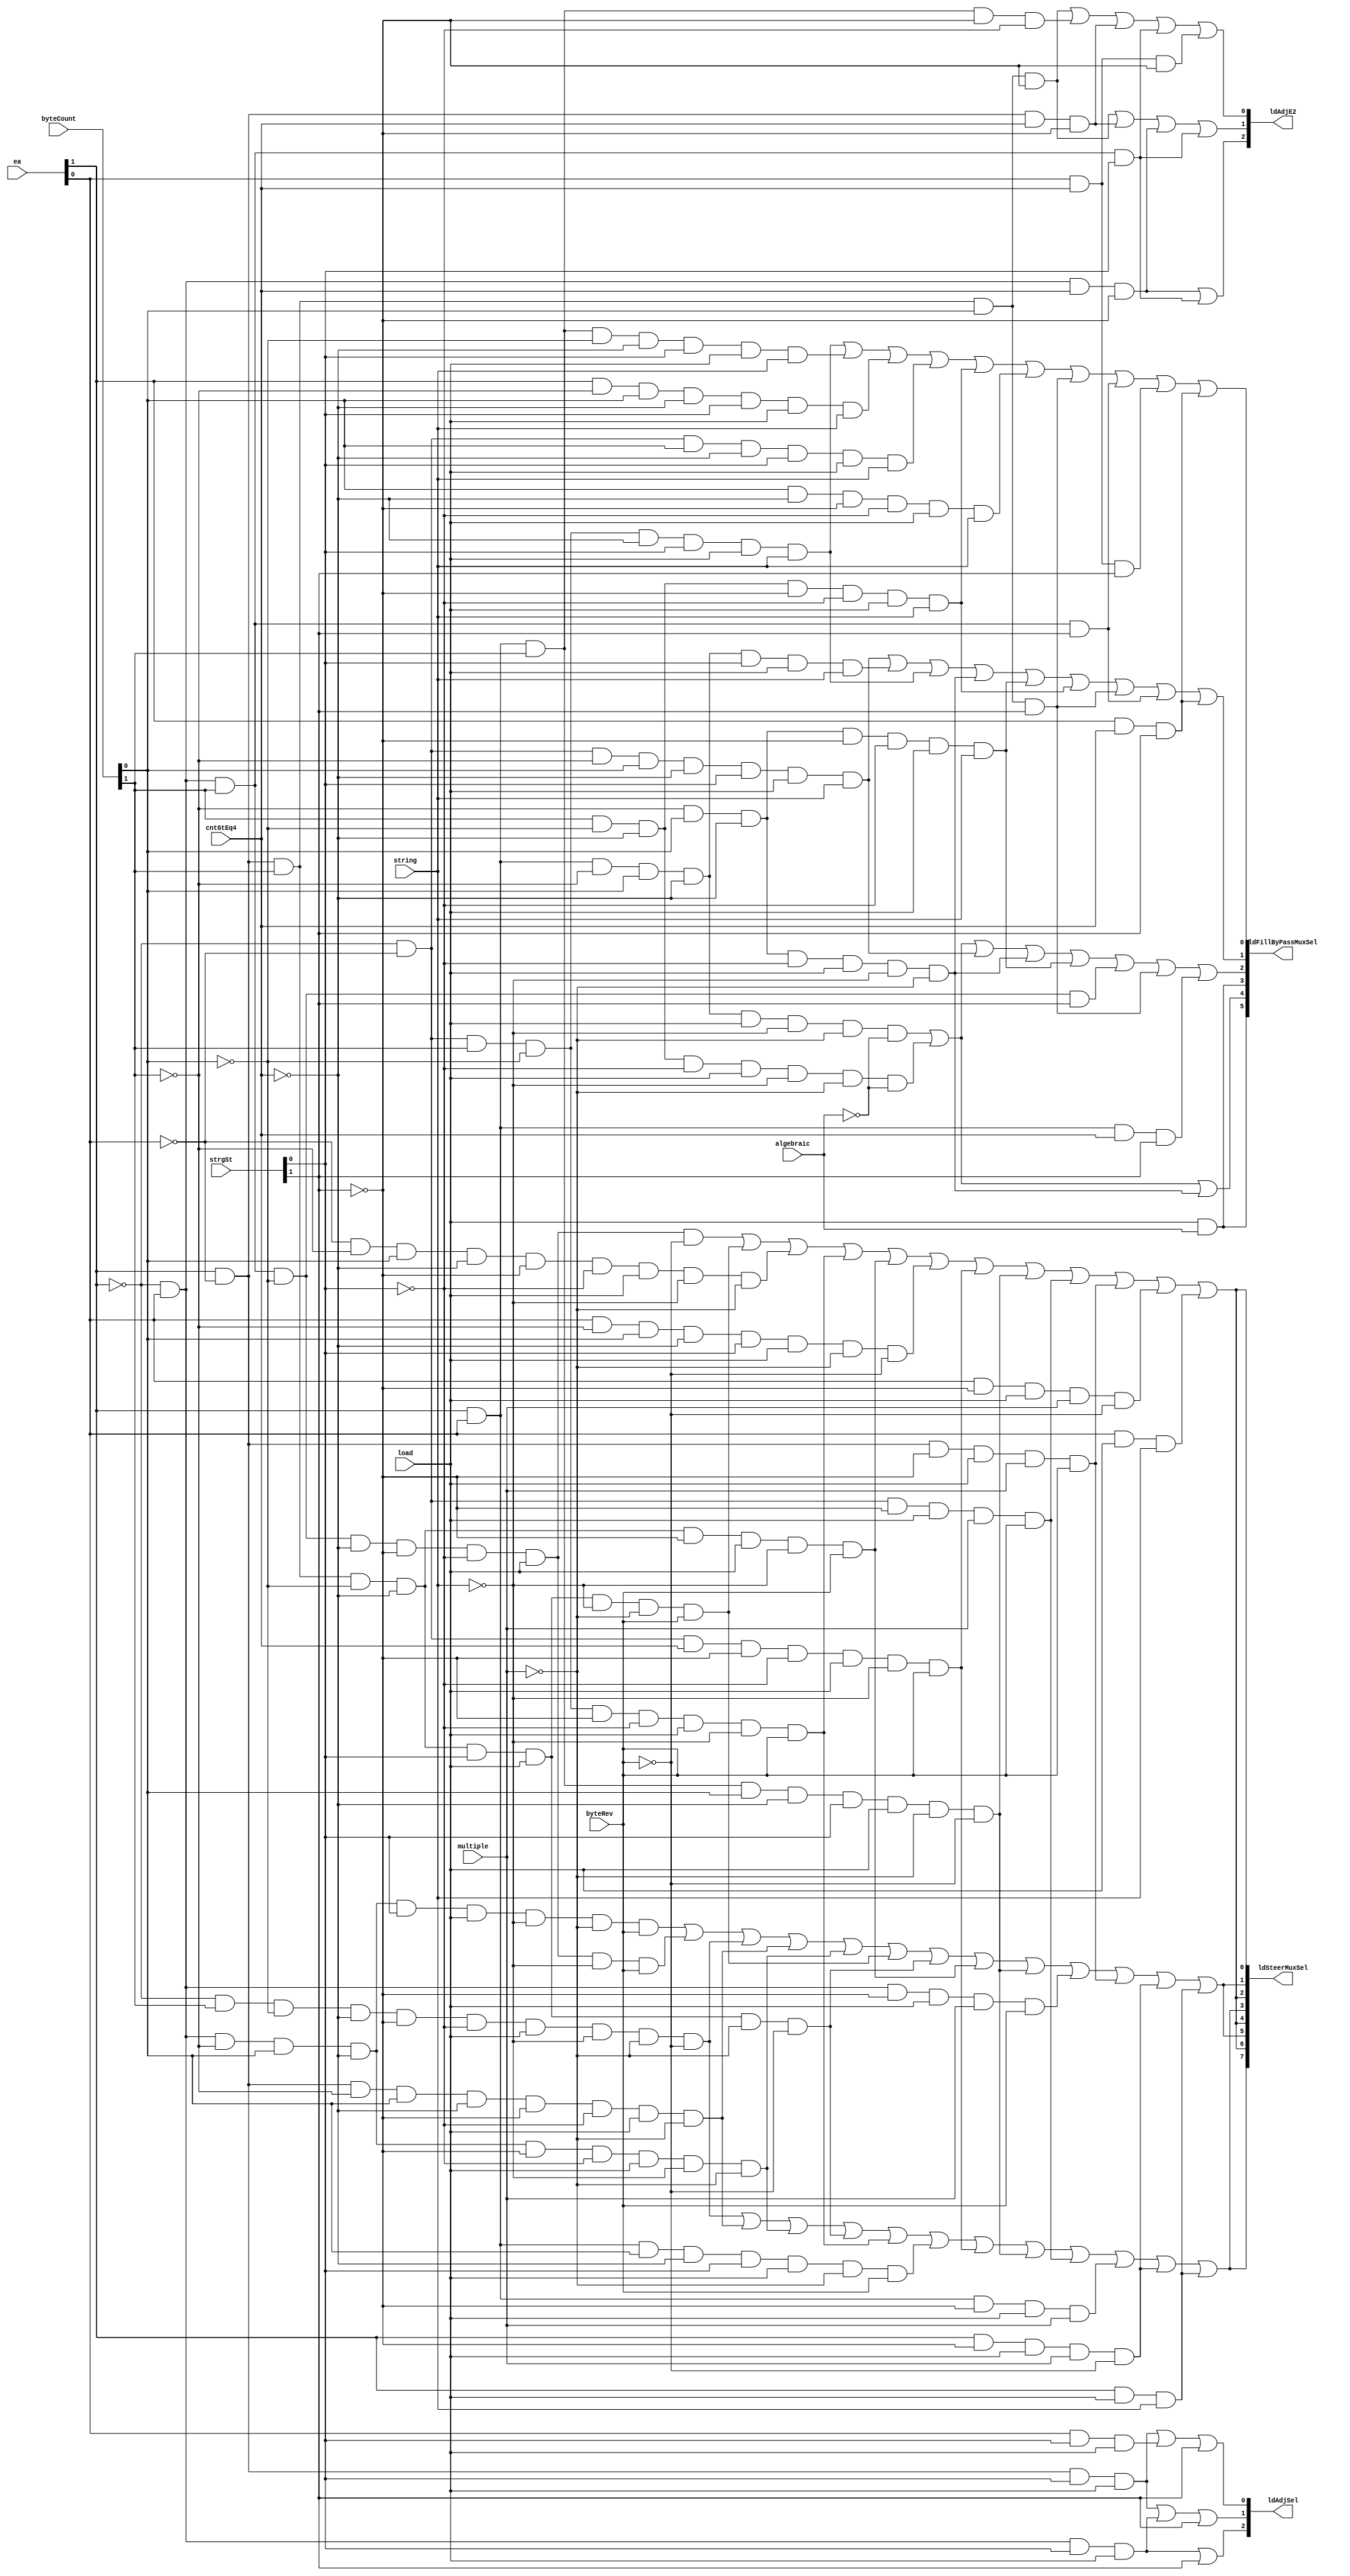
// 
// ************************************************************************** 
// 
//  Copyright (c) International Business Machines Corporation, 2005. 
// 
//  This file contains trade secrets and other proprietary and confidential 
//  information of International Business Machines Corporation which are 
//  protected by copyright and other intellectual property rights and shall 
//  not be reproduced, transferred to other documents, disclosed to others, 
//  or used for any purpose except as specifically authorized in writing by 
//  International Business Machines Corporation. This notice must be 
//  contained as part of this text at all times. 
// 
// ************************************************************************** 
//
//  from espresso format file on Wed Nov 25 15:23:15 EST 1998
// modulename is ldSteerPla
// input file is ldSteerPla.pers
// output file is ldSteerPla.v
// espresso will be called.
// ######################
// #                    #
// #  Load Steer Cntl   #
// #                    #
// ######################
// # the types are:
// #.f    ones=1 , zero= comp ones, dcs = null
// #        this is like a regular PLA
// #.fd   dcs = -, ones = 1 without -, zero = comp(dcs union ones)
// #        all unlisted input combinations produce a 0 output
// #        note that if an output is covered by both a - and 1, it is -
// #.fr   ones = 1, zero=0, dcs= comp(ones union zero)
// #        all unlisted input combinations are don't cares
// #        note that if an output is covered by both a 0 and 1, it is error
// #.fdr  ones = 1, zero=0, dcs=-
// #        all unlisted input combinations are ?
// #        does not say what happens if overlapping covers
// #
// # ~ in an output position means don't consider this line in generating this output.
// # synopsys does:
// #     read pla
// #     set current design
// # normally include:
//
// ##
// #
// .outputnames ldAdjSel[1:3] ldSteerMuxSel[0:7] ldFillByPassMuxSel[0:5]
// .outputnames ldAdjE2[1:3]
// .inputnames  ea[0:1] byteCount[6:7] cntGtEq4 strgSt[1:2] load
// .inputnames  string multiple byteRev algebraic
// .type fd
// .i 12
// .o 20
// #
// #History:
// # 01/15/98 SBP Copied from 401.
// # 11/23/98 SBP Design review changes.
// #
// #Notes:
// #
// #
// #
// #
// #
// #

// # INPUTS ********************* OUTPUTS***********************
// # All I/P are WB L2's
// #
// #                           A
// #                     M     l
// #                     u  B  g
// #       C          S  l  y  e
// #       n          t  t  t  b                   ld
// #       t       L  r  i  e  r    ld   ld        fill    ld
// #   BT  >  strg o  i  p  R  a    Adj  Steer     Bypass  Adj
// #EA CT  =  st   a  n  l  e  i    Sel  Mux       Mux     E2
// #01 67  4  12   d  g  e  v  c    012  01234567  012345  123
// #-- --  -  --   -  -  -  -  -  * ---  --------  ------  ---
// --  --  -  00   1  -  -  -  -    000  ~~~~~~~~  ~~~~~~  ~~~    # All ld's wbC0
// 00  --  -  --   1  -  -  -  -    000  ~~~~~~~~  ~~~~~~  ~~~    # algnd ld's wbC0,C1
// 01  --  -  -1   1  -  -  -  -    111  ~~~~~~~~  ~~~~~~  ~~~    # ld's wbC1
// 10  --  -  -1   1  -  -  -  -    011  ~~~~~~~~  ~~~~~~  ~~~    # ld's wbC1
// 11  --  -  -1   1  -  -  -  -    001  ~~~~~~~~  ~~~~~~  ~~~    # ld's wbC1
// --  --  -  1-   -  -  -  -  -    111  ~~~~~~~~  ~~~~~~  ~~~    # ld's wbLS
// #****************************************************************
// #  Loads Steer Mux
// 00  01  0  00   1  0  0  -  -    ~~~  01010101  ~~~~~~  ~~~    # All ld bytes
// 01  01  0  00   1  0  0  -  -    ~~~  10101010  ~~~~~~  ~~~    #
// 10  01  0  00   1  0  0  -  -    ~~~  11111111  ~~~~~~  ~~~    #
// 11  01  0  00   1  0  0  -  -    ~~~  00000000  ~~~~~~  ~~~    #
// #  EA=00
// 00  10  0  00   1  0  0  0  -    ~~~  10101010  ~~~~~~  ~~~    # ld hw and zero
// 00  10  0  00   1  0  0  1  -    ~~~  11011101  ~~~~~~  ~~~    # True LE ^ byteRev
// #  EA=01
// 01  10  0  00   1  0  0  0  -    ~~~  11111111  ~~~~~~  ~~~    # ld hw and zero
// 01  10  0  00   1  0  0  1  -    ~~~  00100010  ~~~~~~  ~~~    # True LE ^ byteRev
// #  EA=10
// 10  10  0  00   1  0  0  0  -    ~~~  00000000  ~~~~~~  ~~~    # ld hw and zero
// 10  10  0  00   1  0  0  1  -    ~~~  01110111  ~~~~~~  ~~~    # True LE ^ byteRev
// #  EA=11
// 11  01  0  -1   1  0  0  0  -    ~~~  01010101  ~~~~~~  ~~~    # ld hw and zero
// 11  01  0  -1   1  0  0  1  -    ~~~  10001000  ~~~~~~  ~~~    # True LE ^ byteRev
// #  EA=00
// 00  --  1  00   1  0  0  0  -    ~~~  00000000  ~~~~~~  ~~~    # ld wd and zero
// 00  --  1  00   1  0  0  1  -    ~~~  11011101  ~~~~~~  ~~~    # True LE ^ byteRev
// #  EA=01
// 01  01  0  -1   1  0  0  0  -    ~~~  01010101  ~~~~~~  ~~~    # ld wd and zero
// 01  01  0  -1   1  0  0  1  -    ~~~  00100010  ~~~~~~  ~~~    # True LE ^ byteRev
// #  EA=10
// 10  10  0  -1   1  0  0  0  -    ~~~  10101010  ~~~~~~  ~~~    # ld wd and zero
// 10  10  0  -1   1  0  0  1  -    ~~~  01110111  ~~~~~~  ~~~    # True LE ^ byteRev
// #  EA=11
// 11  11  0  -1   1  0  0  0  -    ~~~  11111111  ~~~~~~  ~~~    # ld wd and zero
// 11  11  0  -1   1  0  0  1  -    ~~~  10001000  ~~~~~~  ~~~    # True LE ^ byteRev
//
// #  lmw Steer Mux
// #  EA=00
// 00  --  -  0-   1  -  1  0  -    ~~~  00000000  ~~~~~~  ~~~    # C0,C1
// 00  --  -  0-   1  -  1  1  -    ~~~  11011101  ~~~~~~  ~~~    # True LE ^ byteRev
// #  EA=01
// 01  --  -  0-   1  -  1  0  -    ~~~  01010101  ~~~~~~  ~~~    # C1 count >= 4
// 01  --  -  0-   1  -  1  1  -    ~~~  00100010  ~~~~~~  ~~~    # True LE ^ byteRev
// #  EA=10
// 10  --  -  0-   1  -  1  0  -    ~~~  10101010  ~~~~~~  ~~~    # C1 count >= 4
// 10  --  -  0-   1  -  1  1  -    ~~~  01110111  ~~~~~~  ~~~    # True LE ^ byteRev
// #  EA=11
// 11  --  -  0-   1  -  1  0  -    ~~~  11111111  ~~~~~~  ~~~    # C1 count >= 4
// 11  --  -  0-   1  -  1  1  -    ~~~  10001000  ~~~~~~  ~~~    # True LE ^ byteRev
//
// #  lswi,lswx Steer Mux
// #  EA=00
// 00  --  -  --   1  1  -  -  -    ~~~  00000000  ~~~~~~  ~~~    # C0,C1
// #  EA=01
// 01  --  -  --   1  1  -  -  -    ~~~  01010101  ~~~~~~  ~~~    # C0,C1,LS
// #  EA=10
// 10  --  -  --   1  1  -  -  -    ~~~  10101010  ~~~~~~  ~~~    # C0,C1,LS
// #  EA=11
// 11  --  -  --   1  1  -  -  -    ~~~  11111111  ~~~~~~  ~~~    # C0,C1,LS
//
// #

// # INPUTS ********************* OUTPUTS***********************
// #
// #
// #                           A
// #                     M     l
// #                     u  B  g
// #       C          S  l  y  e
// #       n          t  t  t  b                   ld
// #       t       L  r  i  e  r    ld   ld        fill    ld
// #   BT  >  strg o  i  p  R  a    Adj  Steer     Bypass  Adj
// #EA CT  =  st   a  n  l  e  i    Sel  Mux       Mux     E2
// #01 67  4  12   d  g  e  v  c    123  01234567  012345  123
// #-- --  -  --   -  -  -  -  -  * ---  --------  ------  ---
// --  --  -  --   1  -  1  -  -    ~~~  ~~~~~~~~  00000~  ~~~    # All lmw's
// --  --  -  --   1  0  -  -  -    ~~~  ~~~~~~~~  ~~~~~0  ~~~    # All ld nonString
// --  01  0  -0   1  0  0  -  -    ~~~  ~~~~~~~~  01011~  ~~~    # All ld bytes
// --  --  -  --   1  -  -  -  1    ~~~  ~~~~~~~~  1010~~  ~~~    # ld hw alg
// --  10  0  -0   1  0  0  -  0    ~~~  ~~~~~~~~  0101~~  ~~~    # ld hw aligned
// 11  01  0  -1   1  0  0  -  0    ~~~  ~~~~~~~~  0101~~  ~~~    # ld hw unaligned
// 01  --  -  -1   1  0  0  -  -    ~~~  ~~~~~~~~  00000~  ~~~    # ld wd unaligned
// --  1-  -  -1   1  0  0  -  -    ~~~  ~~~~~~~~  00000~  ~~~    # ld wd unaligned
// --  --  1  0-   1  -  -  -  -    ~~~  ~~~~~~~~  000000  ~~~    # ld string CNT >= 4 Or Ld Wd in C0
// #  ld strings
// --  --  -  0-   1  1  -  -  -    ~~~  ~~~~~~~~  00~~~~  ~~~    # All ld strings wbC0,C1
// --  01  0  00   1  1  -  -  -    ~~~  ~~~~~~~~  ~~0111  ~~~    # ld string wbC0
// --  10  0  00   1  1  -  -  -    ~~~  ~~~~~~~~  ~~0011  ~~~    # ld string wbC0
// --  11  0  00   1  1  -  -  -    ~~~  ~~~~~~~~  ~~0001  ~~~    # ld string wbC0
// #  EA=00
// 00  01  0  -1   1  1  -  -  -    ~~~  ~~~~~~~~  ~~0111  ~~~    # ld string wbC1
// 00  10  0  -1   1  1  -  -  -    ~~~  ~~~~~~~~  ~~0011  ~~~    # ld string wbC1
// 00  11  0  -1   1  1  -  -  -    ~~~  ~~~~~~~~  ~~0001  ~~~    # ld string wbC1
// #  EA=01
// 01  --  -  -1   1  1  -  -  -    ~~~  ~~~~~~~~  ~~0000  ~~~    # ld string wbC1
// #  EA=10
// 10  01  0  -1   1  1  -  -  -    ~~~  ~~~~~~~~  ~~0001  ~~~    # ld string wbC1
// 10  1-  -  -1   1  1  -  -  -    ~~~  ~~~~~~~~  ~~0000  ~~~    # ld string wbC1
// #  EA=11
// 11  01  0  -1   1  1  -  -  -    ~~~  ~~~~~~~~  ~~0011  ~~~    # ld string wbC1
// 11  10  0  -1   1  1  -  -  -    ~~~  ~~~~~~~~  ~~0001  ~~~    # ld string wbC1
// 11  11  -  -1   1  1  -  -  -    ~~~  ~~~~~~~~  ~~0000  ~~~    # ld string wbC1
// #  wbLS
// 01  --  1  1-   -  -  -  -  -    ~~~  ~~~~~~~~  000001  ~~~    # ld string wbLS cnt = 4
// 01  10  -  1-   -  -  -  -  -    ~~~  ~~~~~~~~  000111  ~~~    # ld string wbLS
// 01  11  -  1-   -  -  -  -  -    ~~~  ~~~~~~~~  000011  ~~~    # ld string wbLS
// 10  --  1  1-   -  -  -  -  -    ~~~  ~~~~~~~~  000011  ~~~    # ld string wbLS cnt = 4
// 10  11  -  1-   -  -  -  -  -    ~~~  ~~~~~~~~  000111  ~~~    # ld string wbLS
// 11  --  1  1-   -  -  -  -  -    ~~~  ~~~~~~~~  000111  ~~~    # ld string wbLS cnt = 4
//
// #

// # INPUTS ********************* OUTPUTS***********************
// #
// #
// #                           A
// #                     M     l
// #                     u  B  g
// #       C          S  l  y  e
// #       n          t  t  t  b                   ld
// #       t       L  r  i  e  r    ld   ld        fill    ld
// #   BT  >  strg o  i  p  R  a    Adj  Steer     Bypass  Adj
// #EA CT  =  st   a  n  l  e  i    Sel  Mux       Mux     E2
// #01 67  4  12   d  g  e  v  c    123  01234567  012345  123
// #-- --  -  --   -  -  -  -  -  * ---  --------  ------  ---
// #  ldAdjE1 = wbLoadL2 | (lwbFullL2 & ~ltchDAL2);
// #  ld adjByte enable determination for all loads
// #  EA=00 adj not needed.
// #  EA=01
// 01  1-  -  -1   -  -  -  -  -    ~~~  ~~~~~~~~  ~~~~~~  111    # wbC1 count >= 2
// 01  --  1  0-   -  -  -  -  -    ~~~  ~~~~~~~~  ~~~~~~  111    # wbC0,C1 count >= 4
// #  EA=10
// 10  11  -  0-   -  -  -  -  -    ~~~  ~~~~~~~~  ~~~~~~  011    # wbC0,C1 count >= 3
// 10  --  1  0-   -  -  -  -  -    ~~~  ~~~~~~~~  ~~~~~~  011    # wbC0,C1 count >= 4
// #  EA=11
// 11  1-  -  00   -  -  -  -  -    ~~~  ~~~~~~~~  ~~~~~~  001    # wbC0 count >= 2
// 11  --  1  0-   -  -  -  -  -    ~~~  ~~~~~~~~  ~~~~~~  001    # wbC0,C1 count >= 4
module p405s_ldSteerPla (
ldAdjSel,
ldSteerMuxSel,
ldFillByPassMuxSel,
ldAdjE2,
ea,
byteCount,
cntGtEq4,
strgSt,
load,
string,
multiple,
byteRev,
algebraic);

output [1:3] ldAdjSel;
output [0:7] ldSteerMuxSel;
output [0:5] ldFillByPassMuxSel;
output [1:3] ldAdjE2;

input [0:1] ea;
input [6:7] byteCount;
input  cntGtEq4;
input [1:2] strgSt;
input  load;
input  string;
input  multiple;
input  byteRev;
input  algebraic;

wire [0:1] not_ea;
wire [6:7] not_byteCount;
wire  not_cntGtEq4;
wire [1:2] not_strgSt;
wire  not_string;
wire  not_multiple;
wire  not_byteRev;
wire  not_algebraic;

wire [0:51] pterm;

assign not_ea[0] = ~(ea[0]);
assign not_ea[1] = ~(ea[1]);
assign not_byteCount[6] = ~(byteCount[6]);
assign not_byteCount[7] = ~(byteCount[7]);
assign not_cntGtEq4 = ~(cntGtEq4);
assign not_strgSt[1] = ~(strgSt[1]);
assign not_strgSt[2] = ~(strgSt[2]);
assign not_string = ~(string);
assign not_multiple = ~(multiple);
assign not_byteRev = ~(byteRev);
assign not_algebraic = ~(algebraic);

// AND array expressions and reprint of all terms
// <0> 11010--100-0 00000000000010100000
assign pterm[0] = (ea[0] & ea[1] & not_byteCount[6] & byteCount[7] & not_cntGtEq4 & load & 
   not_string & not_multiple & not_algebraic);
// <1> 01100001--0- 00001010101000000000
assign pterm[1] = (not_ea[0] & ea[1] & byteCount[6] & not_byteCount[7] & not_cntGtEq4 & 
   not_strgSt[1] & not_strgSt[2] & load & not_byteRev);
// <2> 01010-11001- 00000100010000000000
assign pterm[2] = (not_ea[0] & ea[1] & not_byteCount[6] & byteCount[7] & not_cntGtEq4 & 
   strgSt[2] & load & not_string & not_multiple & byteRev);
// <3> 011000010-1- 00000100010000000000
assign pterm[3] = (not_ea[0] & ea[1] & byteCount[6] & not_byteCount[7] & not_cntGtEq4 & 
   not_strgSt[1] & not_strgSt[2] & load & not_string & byteRev);
// <4> 0-100001000- 00010101010000000000
assign pterm[4] = (not_ea[0] & byteCount[6] & not_byteCount[7] & not_cntGtEq4 & 
   not_strgSt[1] & not_strgSt[2] & load & not_string & not_multiple & not_byteRev);
// <5> 10010001-0-- 00010101010000000000
assign pterm[5] = (ea[0] & not_ea[1] & not_byteCount[6] & byteCount[7] & not_cntGtEq4 & 
   not_strgSt[1] & not_strgSt[2] & load & not_multiple);
// <6> 0101000100-- 00010101010000000000
assign pterm[6] = (not_ea[0] & ea[1] & not_byteCount[6] & byteCount[7] & not_cntGtEq4 & 
   not_strgSt[1] & not_strgSt[2] & load & not_string & not_multiple);
// <7> --100-0100-0 00000000000010100000
assign pterm[7] = (byteCount[6] & not_byteCount[7] & not_cntGtEq4 & not_strgSt[2] & 
   load & not_string & not_multiple & not_algebraic);
// <8> 10100-11001- 00001110111000000000
assign pterm[8] = (ea[0] & not_ea[1] & byteCount[6] & not_byteCount[7] & not_cntGtEq4 & 
   strgSt[2] & load & not_string & not_multiple & byteRev);
// <9> 10100-11-00- 00010101010000000000
assign pterm[9] = (ea[0] & not_ea[1] & byteCount[6] & not_byteCount[7] & not_cntGtEq4 & 
   strgSt[2] & load & not_multiple & not_byteRev);
// <10> -001000100-- 00001010101000000000
assign pterm[10] = (not_ea[1] & not_byteCount[6] & byteCount[7] & not_cntGtEq4 & 
   not_strgSt[1] & not_strgSt[2] & load & not_string & not_multiple);
// <11> 00010-111--- 00000000000000110000
assign pterm[11] = (not_ea[0] & not_ea[1] & not_byteCount[6] & byteCount[7] & 
   not_cntGtEq4 & strgSt[2] & load & string);
// <12> 11010-111--- 00000000000000010000
assign pterm[12] = (ea[0] & ea[1] & not_byteCount[6] & byteCount[7] & not_cntGtEq4 & 
   strgSt[2] & load & string);
// <13> 00100-111--- 00000000000000011000
assign pterm[13] = (not_ea[0] & not_ea[1] & byteCount[6] & not_byteCount[7] & 
   not_cntGtEq4 & strgSt[2] & load & string);
// <14> 11100-111--- 00000000000000001000
assign pterm[14] = (ea[0] & ea[1] & byteCount[6] & not_byteCount[7] & not_cntGtEq4 & 
   strgSt[2] & load & string);
// <15> 0010-0010-1- 00011011101000000000
assign pterm[15] = (not_ea[0] & not_ea[1] & byteCount[6] & not_byteCount[7] & 
   not_strgSt[1] & not_strgSt[2] & load & not_string & byteRev);
// <16> 11-10-11-01- 00010001000000000000
assign pterm[16] = (ea[0] & ea[1] & byteCount[7] & not_cntGtEq4 & strgSt[2] & load & 
   not_multiple & byteRev);
// <17> 101000-10-1- 00001110111000000000
assign pterm[17] = (ea[0] & not_ea[1] & byteCount[6] & not_byteCount[7] & not_cntGtEq4 & 
   not_strgSt[1] & load & not_string & byteRev);
// <18> -1010-11-00- 00001010101000000000
assign pterm[18] = (ea[1] & not_byteCount[6] & byteCount[7] & not_cntGtEq4 & strgSt[2] & 
   load & not_multiple & not_byteRev);
// <19> 1-010-111--- 00000000000000001000
assign pterm[19] = (ea[0] & not_byteCount[6] & byteCount[7] & not_cntGtEq4 & strgSt[2] & 
   load & string);
// <20> 00-10-111--- 00000000000000001000
assign pterm[20] = (not_ea[0] & not_ea[1] & byteCount[7] & not_cntGtEq4 & strgSt[2] & 
   load & string);
// <21> --010-0100-- 00000000000010110000
assign pterm[21] = (not_byteCount[6] & byteCount[7] & not_cntGtEq4 & not_strgSt[2] & 
   load & not_string & not_multiple);
// <22> --0100011--- 00000000000000110000
assign pterm[22] = (not_byteCount[6] & byteCount[7] & not_cntGtEq4 & not_strgSt[1] & 
   not_strgSt[2] & load & string);
// <23> 00--10010-1- 00011011101000000000
assign pterm[23] = (not_ea[0] & not_ea[1] & cntGtEq4 & not_strgSt[1] & not_strgSt[2] & 
   load & not_string & byteRev);
// <24> --1000011--- 00000000000000011000
assign pterm[24] = (byteCount[6] & not_byteCount[7] & not_cntGtEq4 & not_strgSt[1] & 
   not_strgSt[2] & load & string);
// <25> 11110-11-00- 00011111111000000000
assign pterm[25] = (ea[0] & ea[1] & byteCount[6] & byteCount[7] & not_cntGtEq4 & 
   strgSt[2] & load & not_multiple & not_byteRev);
// <26> 0110-1------ 00000000000000100000
assign pterm[26] = (not_ea[0] & ea[1] & byteCount[6] & not_byteCount[7] & strgSt[1]);
// <27> ---100011--- 00000000000000001000
assign pterm[27] = (byteCount[7] & not_cntGtEq4 & not_strgSt[1] & not_strgSt[2] & load & 
   string);
// <28> 01---0-1-11- 00000100010000000000
assign pterm[28] = (not_ea[0] & ea[1] & not_strgSt[1] & load & multiple & byteRev);
// <29> 1011-0------ 00000000000000000011
assign pterm[29] = (ea[0] & not_ea[1] & byteCount[6] & byteCount[7] & not_strgSt[1]);
// <30> 111--00----- 00000000000000000001
assign pterm[30] = (ea[0] & ea[1] & byteCount[6] & not_strgSt[1] & not_strgSt[2]);
// <31> 1011-1------ 00000000000000111000
assign pterm[31] = (ea[0] & not_ea[1] & byteCount[6] & byteCount[7] & strgSt[1]);
// <32> 11--11------ 00000000000000100000
assign pterm[32] = (ea[0] & ea[1] & cntGtEq4 & strgSt[1]);
// <33> 10--10------ 00000000000000000011
assign pterm[33] = (ea[0] & not_ea[1] & cntGtEq4 & not_strgSt[1]);
// <34> 01--10------ 00000000000000000110
assign pterm[34] = (not_ea[0] & ea[1] & cntGtEq4 & not_strgSt[1]);
// <35> 00---0-1-11- 00011011101000000000
assign pterm[35] = (not_ea[0] & not_ea[1] & not_strgSt[1] & load & multiple & byteRev);
// <36> 11---0-1-1-- 00010001000000000000
assign pterm[36] = (ea[0] & ea[1] & not_strgSt[1] & load & multiple);
// <37> 10---0-1-11- 00001110111000000000
assign pterm[37] = (ea[0] & not_ea[1] & not_strgSt[1] & load & multiple & byteRev);
// <38> 011--1------ 00000000000000011000
assign pterm[38] = (not_ea[0] & ea[1] & byteCount[6] & strgSt[1]);
// <39> 011---1----- 00000000000000000111
assign pterm[39] = (not_ea[0] & ea[1] & byteCount[6] & strgSt[2]);
// <40> 1----0-1-10- 00010101010000000000
assign pterm[40] = (ea[0] & not_strgSt[1] & load & multiple & not_byteRev);
// <41> -1---0-1-10- 00001010101000000000
assign pterm[41] = (ea[1] & not_strgSt[1] & load & multiple & not_byteRev);
// <42> 10----11---- 01100000000000000000
assign pterm[42] = (ea[0] & not_ea[1] & strgSt[2] & load);
// <43> -1--11------ 00000000000000001000
assign pterm[43] = (ea[1] & cntGtEq4 & strgSt[1]);
// <44> 01----11---- 11000000000000000000
assign pterm[44] = (not_ea[0] & ea[1] & strgSt[2] & load);
// <45> 1---11------ 00000000000000011000
assign pterm[45] = (ea[0] & cntGtEq4 & strgSt[1]);
// <46> -1--10------ 00000000000000000001
assign pterm[46] = (ea[1] & cntGtEq4 & not_strgSt[1]);
// <47> -1----11---- 00100000000000000000
assign pterm[47] = (ea[1] & strgSt[2] & load);
// <48> -------1---1 00000000000101000000
assign pterm[48] = (load & algebraic);
// <49> -----1------ 11100000000000000000
assign pterm[49] = (strgSt[1]);
// <50> 1------11--- 00010101010000000000
assign pterm[50] = (ea[0] & load & string);
// <51> -1-----11--- 00001010101000000000
assign pterm[51] = (ea[1] & load & string);

// OR array expressions
assign ldAdjSel[1] = (pterm[44] | pterm[49]);
assign ldAdjSel[2] = (pterm[42] | pterm[44] | pterm[49]);
assign ldAdjSel[3] = (pterm[42] | pterm[47] | pterm[49]);
assign ldSteerMuxSel[0] = (pterm[4] | pterm[5] | pterm[6] | pterm[9] | pterm[15] | 
   pterm[16] | pterm[23] | pterm[25] | pterm[35] | pterm[36] | pterm[40] | pterm[50]);
assign ldSteerMuxSel[1] = (pterm[1] | pterm[8] | pterm[10] | pterm[15] | pterm[17] | 
   pterm[18] | pterm[23] | pterm[25] | pterm[35] | pterm[37] | pterm[41] | pterm[51]);
assign ldSteerMuxSel[2] = (pterm[2] | pterm[3] | pterm[4] | pterm[5] | pterm[6] | 
   pterm[8] | pterm[9] | pterm[17] | pterm[25] | pterm[28] | pterm[37] | pterm[40] | 
   pterm[50]);
assign ldSteerMuxSel[3] = (pterm[1] | pterm[8] | pterm[10] | pterm[15] | pterm[17] | 
   pterm[18] | pterm[23] | pterm[25] | pterm[35] | pterm[37] | pterm[41] | pterm[51]);
assign ldSteerMuxSel[4] = (pterm[4] | pterm[5] | pterm[6] | pterm[9] | pterm[15] | 
   pterm[16] | pterm[23] | pterm[25] | pterm[35] | pterm[36] | pterm[40] | pterm[50]);
assign ldSteerMuxSel[5] = (pterm[1] | pterm[8] | pterm[10] | pterm[15] | pterm[17] | 
   pterm[18] | pterm[23] | pterm[25] | pterm[35] | pterm[37] | pterm[41] | pterm[51]);
assign ldSteerMuxSel[6] = (pterm[2] | pterm[3] | pterm[4] | pterm[5] | pterm[6] | 
   pterm[8] | pterm[9] | pterm[17] | pterm[25] | pterm[28] | pterm[37] | pterm[40] | 
   pterm[50]);
assign ldSteerMuxSel[7] = (pterm[1] | pterm[8] | pterm[10] | pterm[15] | pterm[17] | 
   pterm[18] | pterm[23] | pterm[25] | pterm[35] | pterm[37] | pterm[41] | pterm[51]);
assign ldFillByPassMuxSel[0] = (pterm[48]);
assign ldFillByPassMuxSel[1] = (pterm[0] | pterm[7] | pterm[21]);
assign ldFillByPassMuxSel[2] = (pterm[48]);
assign ldFillByPassMuxSel[3] = (pterm[0] | pterm[7] | pterm[11] | pterm[21] | pterm[22] | 
   pterm[26] | pterm[31] | pterm[32]);
assign ldFillByPassMuxSel[4] = (pterm[11] | pterm[12] | pterm[13] | pterm[21] | 
   pterm[22] | pterm[24] | pterm[31] | pterm[38] | pterm[45]);
assign ldFillByPassMuxSel[5] = (pterm[13] | pterm[14] | pterm[19] | pterm[20] | 
   pterm[24] | pterm[27] | pterm[31] | pterm[38] | pterm[43] | pterm[45]);
assign ldAdjE2[1] = (pterm[34] | pterm[39]);
assign ldAdjE2[2] = (pterm[29] | pterm[33] | pterm[34] | pterm[39]);
assign ldAdjE2[3] = (pterm[29] | pterm[30] | pterm[33] | pterm[39] | pterm[46]);

endmodule